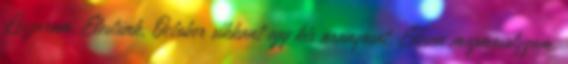
Leszarom. Elestünk, October sikkant egy kis aranyosat. Édesen megmosolygom,